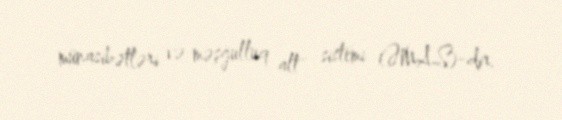
münasibətləri və məşğulluq alt sistemi (ƏMAS)-dir.